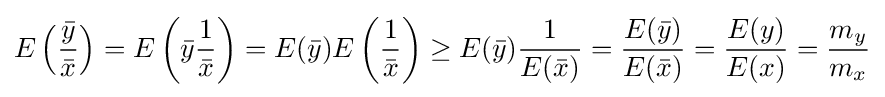
E\left({\frac {\bar {y}}{\bar {x}}}\right)=E\left({\bar {y}}{\frac {1}{\bar {x}}}\right)=E({\bar {y}})E\left({\frac {1}{\bar {x}}}\right)\geq E({\bar {y}}){\frac {1}{E({\bar {x}})}}={\frac {E({\bar {y}})}{E({\bar {x}})}}={\frac {E(y)}{E(x)}}={\frac {m_{y}}{m_{x}}}